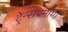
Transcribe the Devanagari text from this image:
ट्रेन्सप्रमाणे